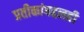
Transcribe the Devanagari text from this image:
प्रतीकांबद्दलही